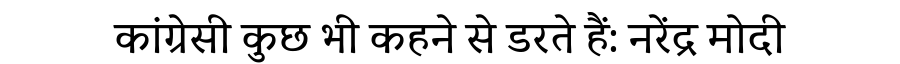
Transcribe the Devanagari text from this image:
कांग्रेसी कुछ भी कहने से डरते हैं: नरेंद्र मोदी